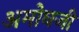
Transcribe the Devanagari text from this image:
अमोघजी